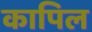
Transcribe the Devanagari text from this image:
कापिल